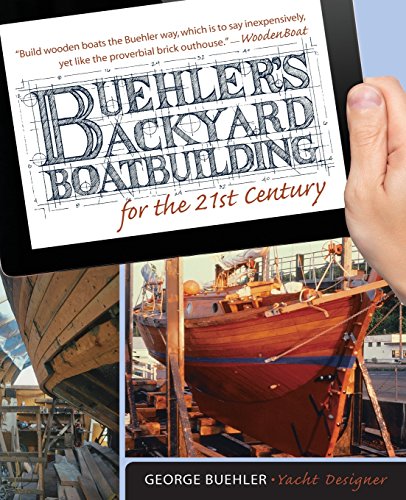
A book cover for Buehler's Backyard Boatbuilding for the 21st Century; George Buehler; Reference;